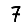
Digit: 7